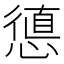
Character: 憄